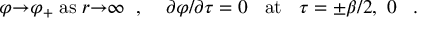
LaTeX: \varphi { \rightarrow } { \varphi } _ { + } \; \mathrm { a s } \; r { \rightarrow } { \infty } \; \; , \; \; \; \; { \partial } \varphi / { \partial } \tau = 0 \; \; \mathrm { ~ a t ~ } \; \; \tau = { \pm } \beta / 2 \mathrm { , ~ } 0 \; \; \; .